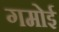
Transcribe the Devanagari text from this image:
गमोई